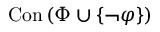
\operatorname { C o n } \left( \Phi \cup \{ \lnot \varphi \} \right)